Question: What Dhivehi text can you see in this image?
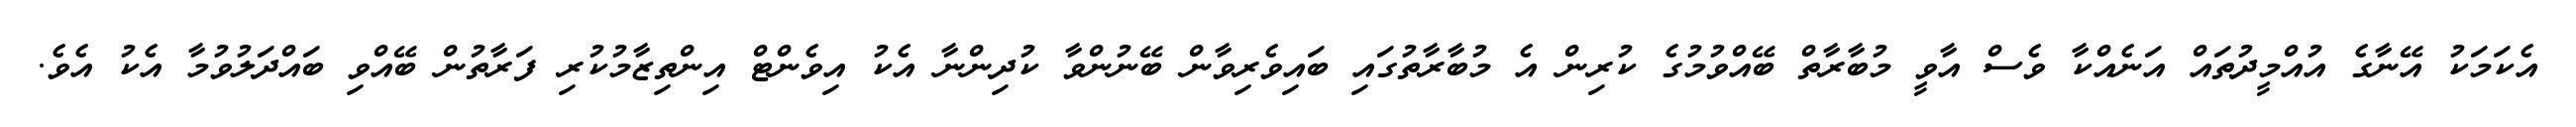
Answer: އެކަމަކު އޭނާގެ އުއްމީދުތައް އަނެއްކާ ވެސް އާވީ މުބާރާތް ބޭއްވުމުގެ ކުރިން އެ މުބާރާތުގައި ބައިވެރިވާން ބޭނުންވާ ކުދިންނާ އެކު އިވެންޓް އިންތިޒާމުކުރި ފަރާތުން ބޭއްވި ބައްދަލުވުމާ އެކު އެވެ.